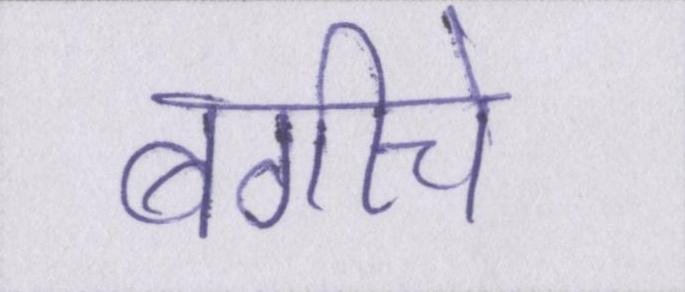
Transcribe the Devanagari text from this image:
बगीचे